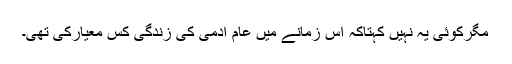
مگرکوئی یہ نہیں کہتاکہ اس زمانے میں عام آدمی کی زندگی کس معیارکی تھی۔